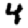
Digit: 4